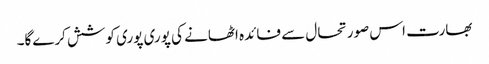
بھارت اس صورتحال سے فائدہ اٹھانے کی پوری پوری کوشش کرےگا۔